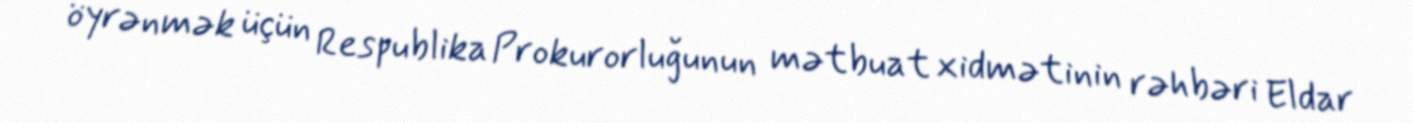
öyrənmək üçün Respublika Prokurorluğunun mətbuat xidmətinin rəhbəri Eldar